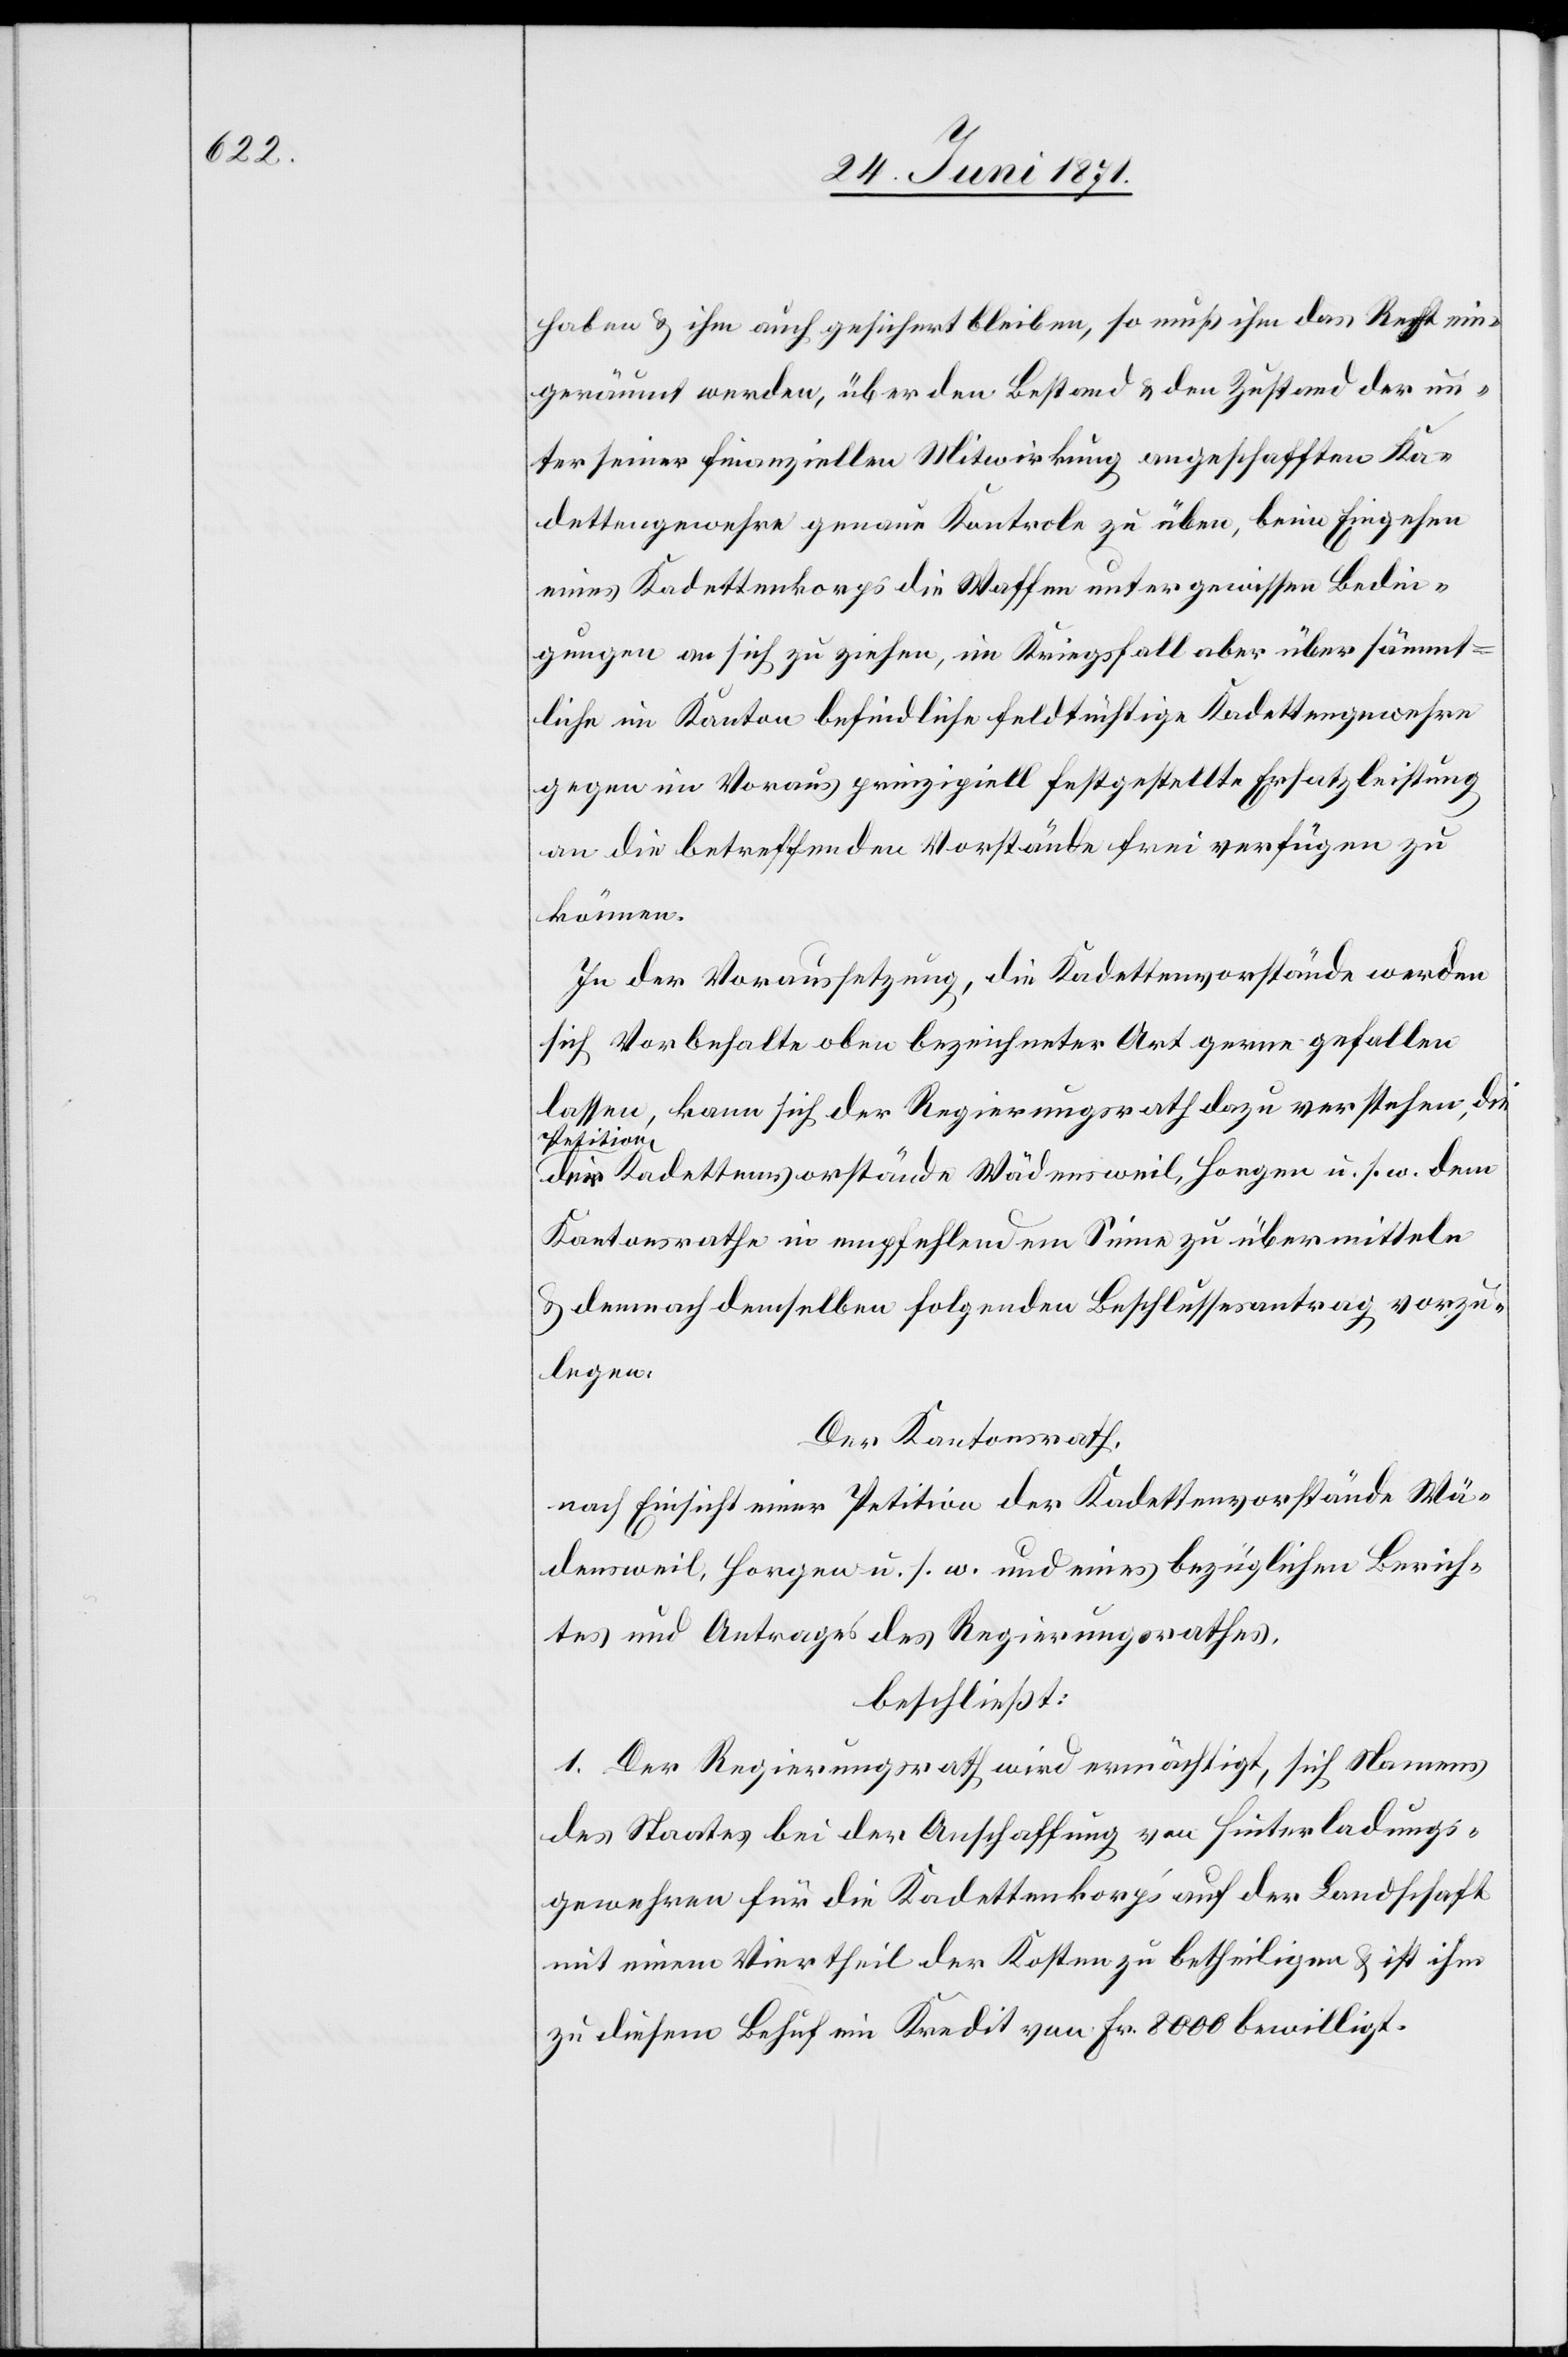
haben u. ihm auch gesichert bleiben, so muß ihm das Recht ein¬
geräumt werden, über den Bestand u. den Zustand der un¬
ter seiner finanziellen Mitwirkung angeschafften Ka¬
dettengewehre genaue Kontrole zu üben, bei Eingehen
eines Kadettenkorps die Waffen unter gewissen Bedin¬
gungen an sich zu ziehen, im Kriegsfall aber über sämmt¬
liche im Kanton befindliche feldtüchtige Kadettengewehre
gegen im Voraus prinzipiell festgestellte Ersatzleistung
an die betreffenden Vorstände frei verfügen zu
können.
In der Voraussetzung, die Kadettenvorstände werden
sich Vorbehalte oben bezeichneter Art gerne gefallen
lassen, kann sich der Regierungsrath dazu verstehen, die
Petition
der Kadettenvorstände Wädensweil, Horgen u. s. w. dem
Kantonsrathe in empfehlendem Sinne zu übermitteln
u. demnach demselben folgenden Beschlussesantrag vorzu¬
legen:
Der Kantonsrath,
nach Einsicht einer Petition der Kadettenvorstände Wä¬
densweil, Horgen u. s. w. und eines bezüglichen Berich¬
tes und Antrages des Regierungsrathes,
beschließt:
1. Der Regierungsrath wird ermächtigt, sich Namens
des Staates bei der Anschaffung von Hinterladungs¬
gewehren für die Kadettenkorps auf der Landschaft
mit einem Viertheil der Kosten zu betheiligen u. ist ihm
zu diesem Behuf ein Kredit von Fr. 8000 bewilligt.